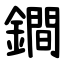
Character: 鐧